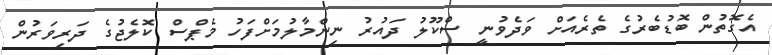
އެގޮތުން ބޮޑުބެރުގެ ތެރެއަށް ވަދެވުނީ ސްކޫލު ދައުރު ނިންމާލުމަށްފަހު މެޕްސް ކޮލެޖުގެ ދަރިވަރުން